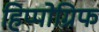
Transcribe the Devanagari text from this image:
हिप्पोग्रिफ